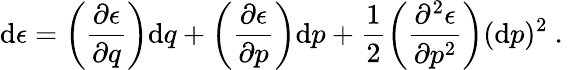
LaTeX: \mathrm{d}\epsilon=\left(\frac{\partial\epsilon}{\partial q}\right)\mathrm{d}q+\left(\frac{\partial\epsilon}{\partial p}\right)\mathrm{d}p+\frac{1}{2}\left(\frac{\partial^{2}\epsilon}{\partial p^{2}}\right)(\mathrm{d}p)^{2}\mathrm{~.~}